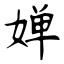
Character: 婵